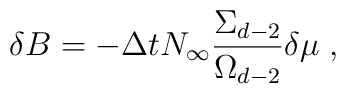
\delta B=-\Delta tN_{\infty }\frac{\Sigma _{d-2}}{\Omega _{d-2}}\delta \mu\;,